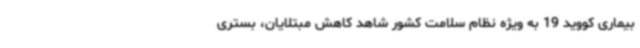
بیماری کووید 19 به ویژه نظام سلامت کشور شاهد کاهش مبتلایان، بستری